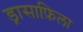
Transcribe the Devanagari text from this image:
ड्रासाफ़िला